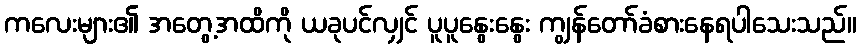
ကလေးများ၏ အတွေ့အထိကို ယခုပင်လျှင် ပူပူနွေးနွေး ကျွန်တော်ခံစားနေရပါသေးသည်။